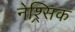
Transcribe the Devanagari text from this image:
नेश्र्सिक